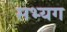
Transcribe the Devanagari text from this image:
सभ्यग